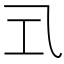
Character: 𭘂